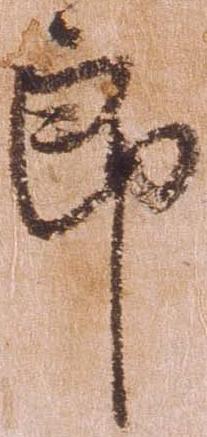
郎